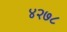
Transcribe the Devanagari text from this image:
४२७८